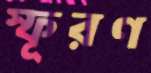
স্ফূরণ